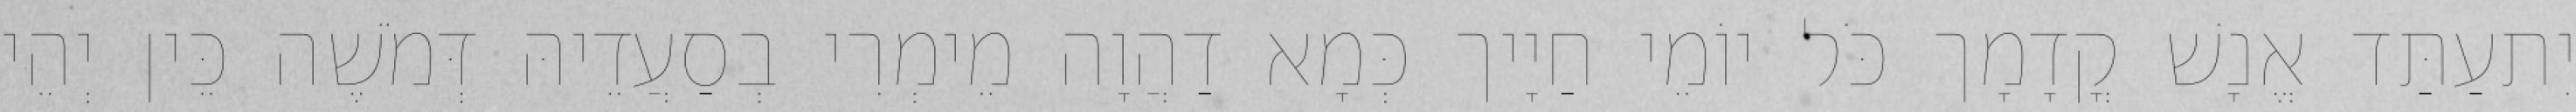
יִתעַתַּד אֱנָשׁ קֳדָמָך כֹּל יוֹמֵי חַיָיך כְּמָא דַהֲוָה מֵימְרִי בְסַעֲדֵיהּ דְּמֹשֶׁה כֵּין יְהֵי